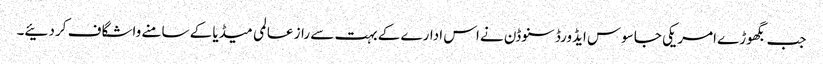
جب بگھوڑے امریکی جاسوس ایڈورڈ سنوڈن نے اس ادارے کے بہت سے راز عالمی میڈیا کے سامنے واشگاف کر دئیے۔